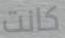
كانت